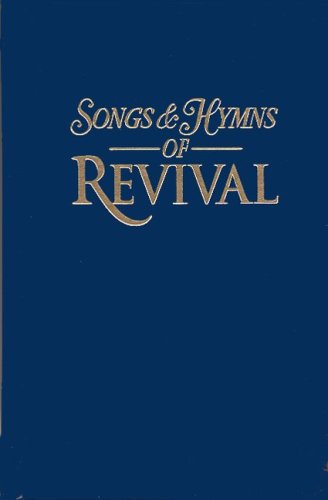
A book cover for Songs & Hymns of Revival: Navy Hardback; Christian Books & Bibles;